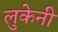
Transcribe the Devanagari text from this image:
लुकेनी